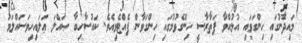
މައިދާނުގައި ހިންގަވައި އުޅުއްވާ ފަތާރާސީ ހިންގެވުމުގައި ހިންގަވާން ފެއްޓެވިއެވެ. ކައުސާހިބާ ޞައްލަ ޢަލައިހިވަސައްލަމަ